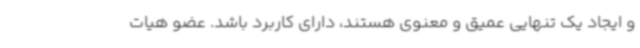
و ایجاد یک تنهایی عمیق و معنوی هستند، دارای کاربرد باشد. عضو هیات